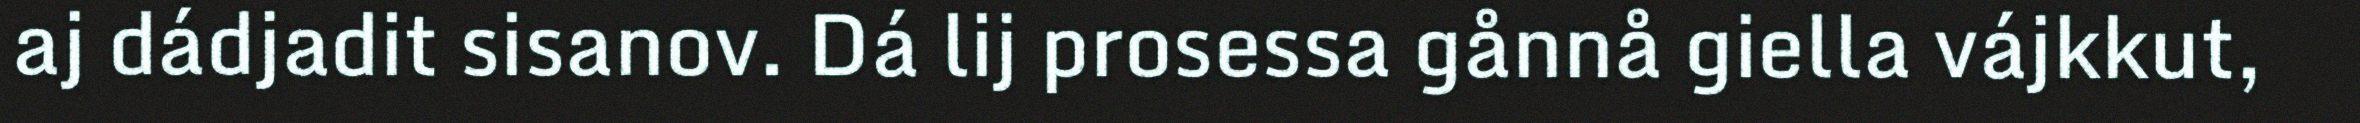
aj dádjadit sisanov. Dá lij prosessa gånnå giella vájkkut,